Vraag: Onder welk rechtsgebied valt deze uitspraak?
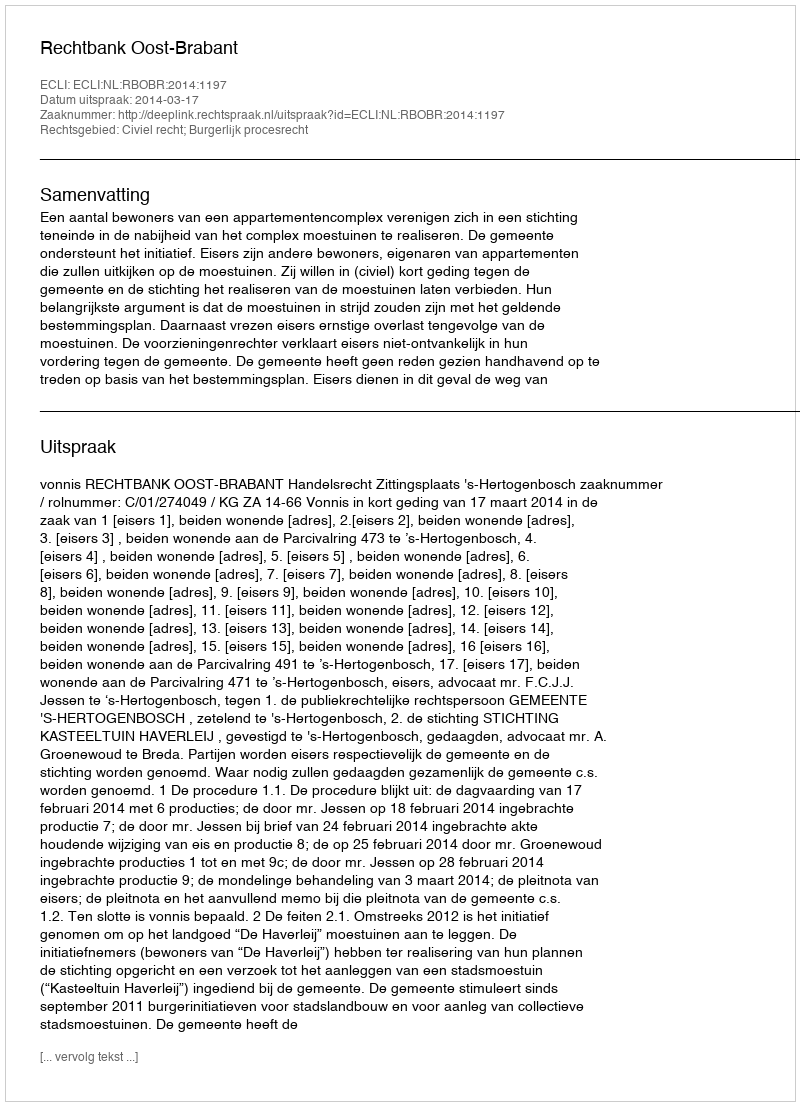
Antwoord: Civiel recht; Burgerlijk procesrecht